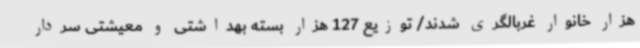
هزار خانوار غربالگری شدند/ توزیع 127 هزار بسته بهداشتی و معیشتی سردار